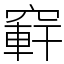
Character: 䆭